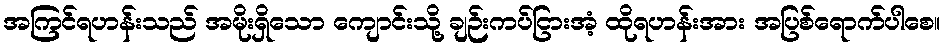
အကြင်ရဟန်းသည် အမိုးရှိသော ကျောင်းသို့ ချဉ်းကပ်ငြားအံ့ ထိုရဟန်းအား အပြစ်ရောက်ပါစေ။